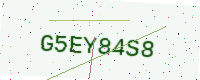
Text: G5EY84S8